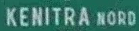
KENITRA NORD